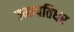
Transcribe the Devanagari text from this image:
उमापतिधर